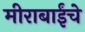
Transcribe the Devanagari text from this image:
मीराबाईंचे